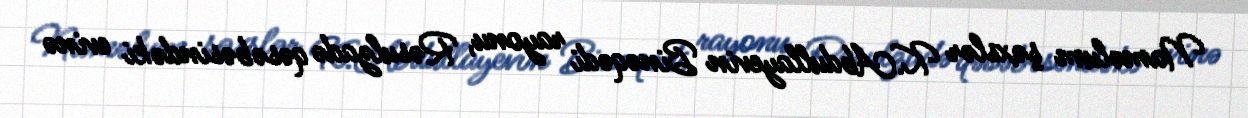
Naməlum şəxslər K.Abdullayevin Binəqədi rayonu, Rəsulzadə qəsəbəsindəki evinə